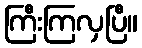
ကြီးကြလှပြီ။